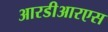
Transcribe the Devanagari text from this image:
आरडीआरएस